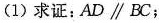
(1)求证：AD \parallel BC；